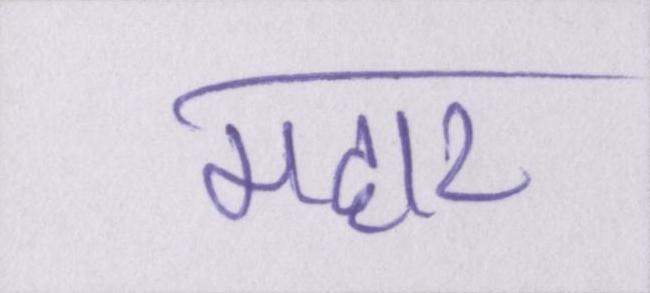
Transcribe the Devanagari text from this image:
महार